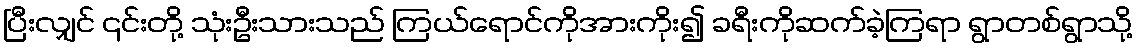
ပြီးလျှင် ၎င်းတို့ သုံးဦးသားသည် ကြယ်ရောင်ကိုအားကိုး၍ ခရီးကိုဆက်ခဲ့ကြရာ ရွာတစ်ရွာသို့